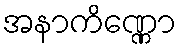
အနာကိဏ္ဏော